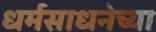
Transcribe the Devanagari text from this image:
धर्मसाधनेच्या